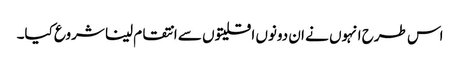
اس طرح انہوں نے ان دونوں اقلیتوں سے انتقام لینا شروع کیا۔